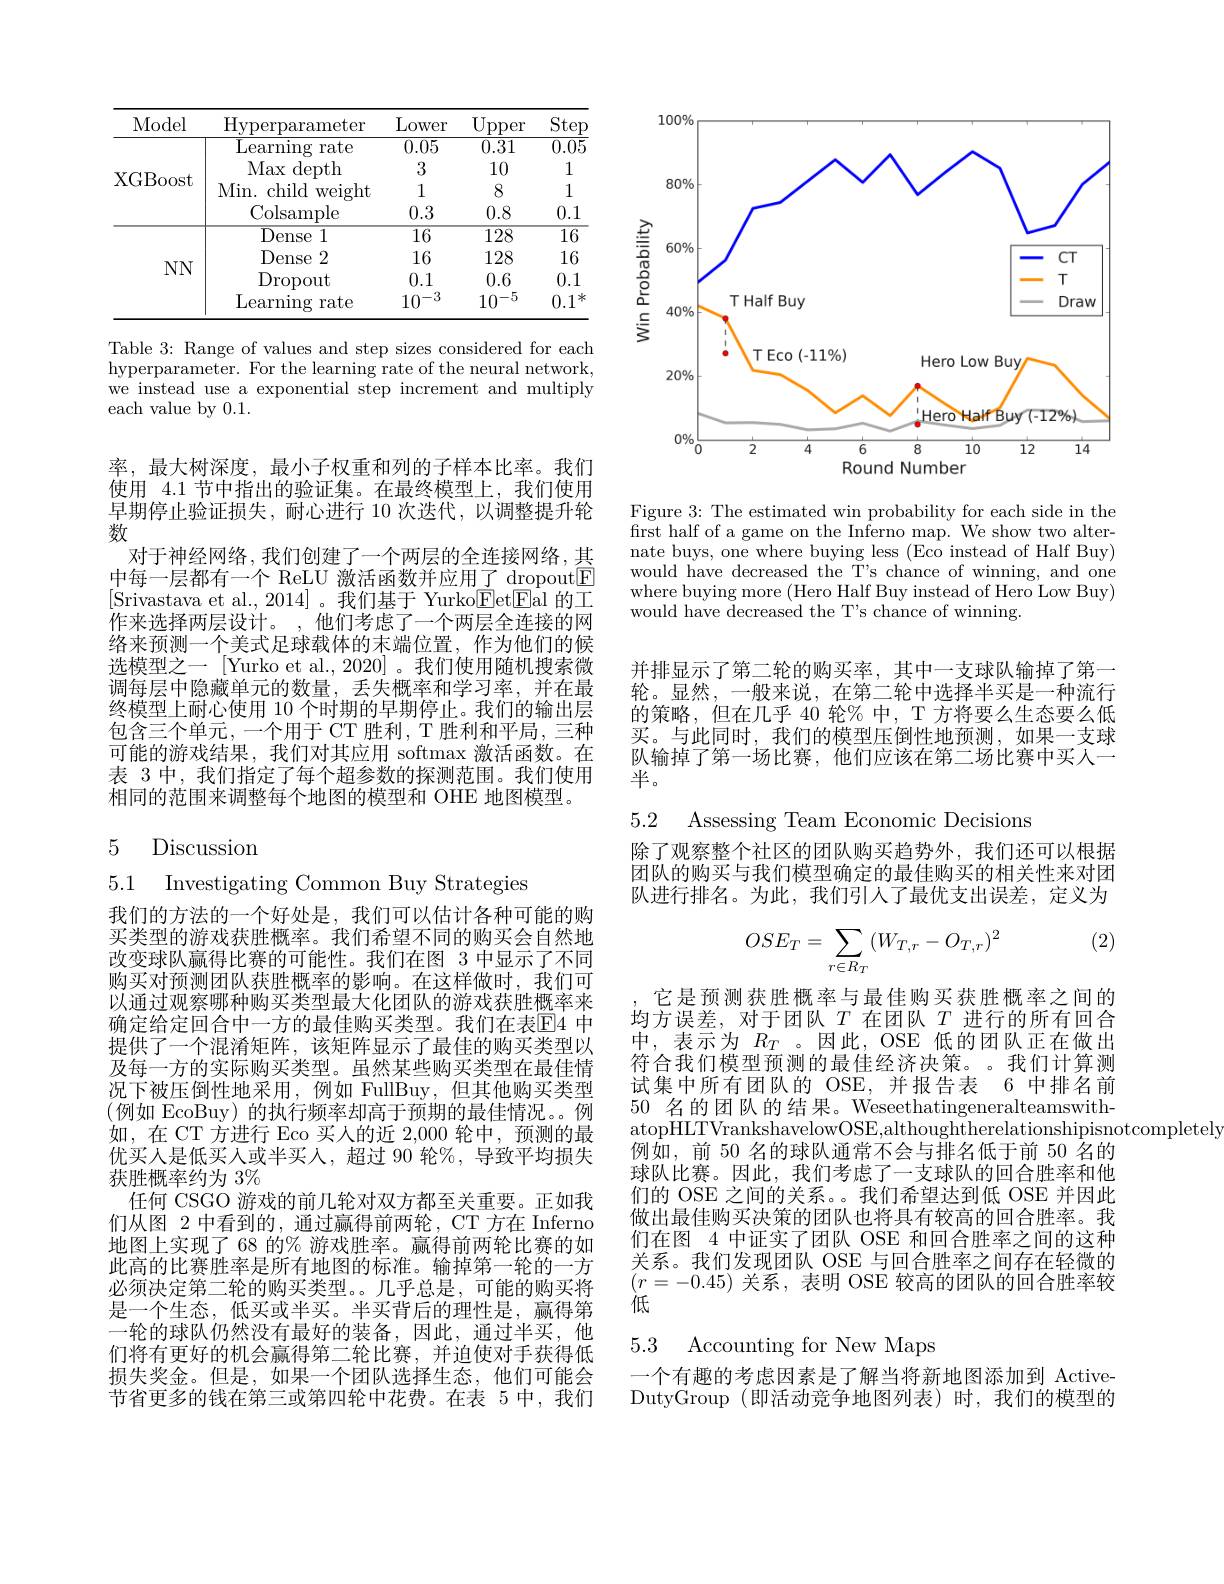
<table>
	<tbody>
		<tr>
			<th>Model</th>
			<th>Hyperparameter</th>
			<th>Lower</th>
			<th>$Ur$ pper</th>
			<th>SteF</th>
		</tr>
		<tr>
			<td rowspan="4">XGBoost</td>
			<td>Learning rate</td>
			<td>0.05</td>
			<td>0.31</td>
			<td>0.05</td>
		</tr>
		<tr>
			<td>Max depth</td>
			<td>3</td>
			<td>10</td>
			<td>1</td>
		</tr>
		<tr>
			<td>Min. child weight</td>
			<td>1</td>
			<td>8</td>
			<td>1</td>
		</tr>
		<tr>
			<td>Colsample</td>
			<td>0.3</td>
			<td>0.8</td>
			<td>0.1</td>
		</tr>
		<tr>
			<td rowspan="4">$NN$</td>
			<td>Dense 1</td>
			<td>$\overline{16}$</td>
			<td>128</td>
			<td>$\overline{16}$</td>
		</tr>
		<tr>
			<td>Dense 2</td>
			<td>16</td>
			<td>128</td>
			<td>16</td>
		</tr>
		<tr>
			<td>Dropout</td>
			<td>0.1</td>
			<td>0.6</td>
			<td>0.1</td>
		</tr>
		<tr>
			<td>Learning g rate</td>
			<td>$10^{-3}$</td>
			<td>$10^{-5}$</td>
			<td>0.1; 米</td>
		</tr>
	</tbody>
</table>

Table 3: Range of values and step sizes considered for each hyperparameter. For the learning rate of the neural network, we instead use a exponential step increment and multiply each value by 0.1.

率，最大树深度，最小子权重和列的子样本比率。我们使用 4.1 节中指出的验证集。在最终模型上，我们使用早期停止验证损失，耐心进行 10 次迭代，以调整提升轮数
对于神经网络，我们创建了一个两层的全连接网络，其中每一层都有一个 ReLU 激活函数并应用了 dropout$\boxed{\mathrm{E}}$ [Srivastava et al.,2014]。我们基于 Yurko$\overline{\mathrm{E}}$et$\overline{\mathrm{E}}$al 的工作来选择两层设计。,他们考虑了一个两层全连接的网络来预测一个美式足球载体的末端位置，作为他们的候选模型之一[Yurko et al.,2020]。我们使用随机搜索微调每层中隐藏单元的数量，丢失概率和学习率，并在最终模型上耐心使用 10 个时期的早期停止。我们的输出层包含三个单元，一个用于 CT 胜利，T 胜利和平局，三种可能的游戏结果，我们对其应用 softmax 激活函数。在表 3 中，我们指定了每个超参数的探测范围。我们使用相同的范围来调整每个地图的模型和 OHE 地图模型。

## 5 Discussion

5.1 Investigating Common Buy Strategies

我们的方法的一个好处是，我们可以估计各种可能的购买类型的游戏获胜概率。我们希望不同的购买会自然地改变球队赢得比赛的可能性。我们在图 3 中显示了不同购买对预测团队获胜概率的影响。在这样做时，我们可以通过观察哪种购买类型最大化团队的游戏获胜概率来确定给定回合中一方的最佳购买类型。我们在表$\mathbb{E}$4 中提供了一个混淆矩阵，该矩阵显示了最佳的购买类型以及每一方的实际购买类型。虽然某些购买类型在最佳情况下被压倒性地采用，例如 FullBuy,但其他购买类型(例如 EcoBuy)的执行频率却高于预期的最佳情况。例如，在 CT 方进行 Eco 买人的近 2,000 轮中，预测的最优买人是低买人或半买人，超过 90 轮%,导致平均损失获胜概率约为 3%
任何 CSGO 游戏的前几轮对双方都至关重要。正如我们从图 2 中看到的，通过赢得前两轮，CT 方在 Inferno 地图上实现了 68 的% 游戏胜率。赢得前两轮比赛的如此高的比赛胜率是所有地图的标准。输掉第一轮的一方必须决定第二轮的购买类型。几乎总是，可能的购买将是一个生态，低买或半买。半买背后的理性是，赢得第一轮的球队仍然没有最好的装备，因此，通过半买，他们将有更好的机会赢得第二轮比赛，并迫使对手获得低损失奖金。但是，如果一个团队选择生态，他们可能会节省更多的钱在第三或第四轮中花费。在表 5 中，我们

<FigureHere>

Figure 3: The estimated win probability for each side in the $\bar{\text{first half of a game on the Inferno map. We show two alter-}}$ nate buys, one where buying less (Eco instead of Half Buy) would have decreased the T's chance of winning, and one where buying more (Hero Half Buy instead of Hero Low Buy) would have $\overset{.}{\operatorname*{\operatorname*{decreased~the~T's~chance~of~winning.}}}$

并排显示了第二轮的购买率，其中一支球队输掉了第一轮。显然，一般来说，在第二轮中选择半买是一种流行的策略，但在几乎 40 轮% 中，T 方将要么生态要么低买。与此同时，我们的模型压倒性地预测，如果一支球队输掉了第一场比赛，他们应该在第二场比赛中买人一半。

5.2 Assessing Team Economic Decisions

除了观察整个社区的团队购买趋势外，我们还可以根据团队的购买与我们模型确定的最佳购买的相关性来对团队进行排名。为此，我们引人了最优支出误差，定义为

(2)
$$OSE_T=\sum\limits_{r\in R_T}(W_{T,r}-O_{T,r})^2$$
它是预测获胜概率与最佳购买获胜概率之间的均方误差，对于团队$T$在团队$T$进行的所有回合中，表示为$R_T$ 。因此，OSE 低的团队正在做出符合我们模型预测的最佳经济决策。我们计算测试集中所有团队的 OSE,并报告表 6 中排名前50名的团队的结果。WeseethatingeneralteamswithatopHLTVrankshavelowOSE,althoughtherelationshipisnotcompletely
例如，前 50 名的球队通常不会与排名低于前 50 名的球队比赛。因此，我们考虑了一支球队的回合胜率和他们的 OSE 之间的关系。。我们希望达到低 OSE 并因此做出最佳购买决策的团队也将具有较高的回合胜率。我们在图 4 中证实了团队 OSE 和回合胜率之间的这种关系。我们发现团队 OSE 与回合胜率之间存在轻微的$(r=-0.45)$关系，表明 OSE 较高的团队的回合胜率较低

## 5.3 Accounting for New Maps

一个有趣的考虑因素是了解当将新地图添加到 ActiveDutyGroup (即活动竞争地图列表)时，我们的模型的